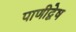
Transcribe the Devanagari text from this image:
पाणीद्वेष